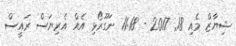
ޝިޔާޒް މެއި 18